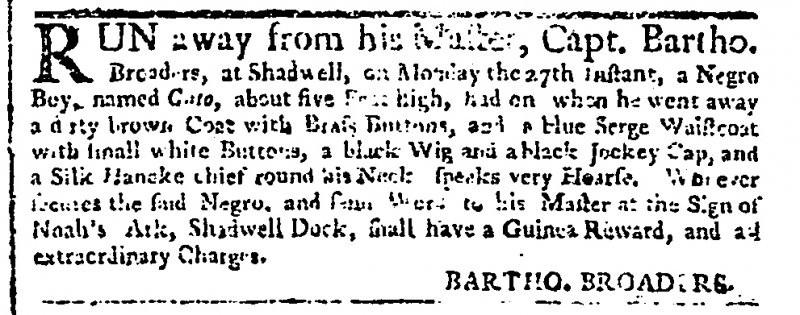
Public Advertiser, 30 May 1754 (England)
RUN away from his Master, Capt. Bartho. Broaders at Shadwell, on Monday the 27th Instant, a Negro Boy, named Cato, about five Feet high, had on when he went away a dirty brown Coat with Brass Buttons and a blue Serge Waistcoat with small white Buttons, a black Wig and a black Jockey Cap, and a Silk Hancke chief round his Neck: speaks very Hoarse. Whoever secures the said Negro, and sends Word to his Master at the Sign of Noah’s Ark, Shadwell Dock, shall have a Guinea Reward, and all extraordinary Charges.                                                      BARTHO. BROADERS.